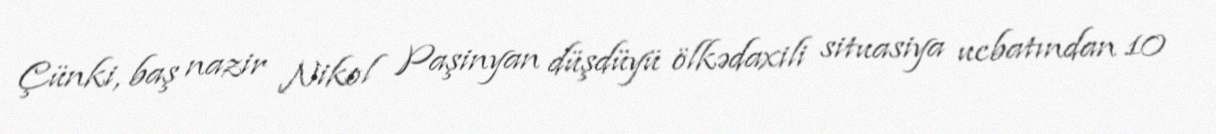
Çünki, baş nazir Nikol Paşinyan düşdüyü ölkədaxili situasiya ucbatından 10